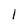
Character: 1